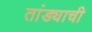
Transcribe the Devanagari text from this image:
तांड्याची